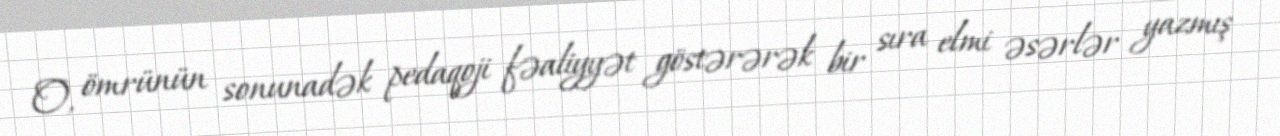
O, ömrünün sonunadək pedaqoji fəaliyyət göstərərək bir sıra elmi əsərlər yazmış